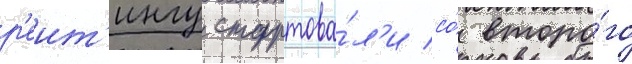
р'еит'ингу стартова́л'и со́ второ́го